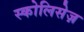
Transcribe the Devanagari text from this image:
स्कोलिसेज़